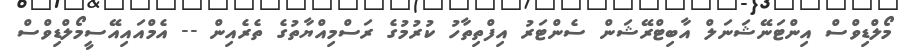
މޯލްޑިވްސް އިންޓަނޭޝަނަލް އާބިޓްރޭޝަން ސެންޓަރު އިފްތިތާހު ކުރުމުގެ ރަސްމިއްޔާތުގެ ތެރެއިން -- އެމްއައިއޭސީމޯލްޑިވްސް